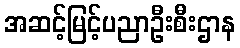
အဆင့်မြင့်ပညာဦးစီးဌာန